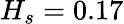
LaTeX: H_{s}=0.17